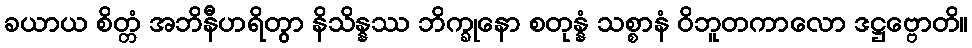
ခယာယ စိတ္တံ အဘိနီဟရိတွာ နိသိန္နဿ ဘိက္ခုနော စတုန္နံ သစ္စာနံ ဝိဘူတကာလော ဒဋ္ဌဗ္ဗောတိ။